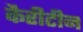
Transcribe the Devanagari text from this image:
कैरीटीन